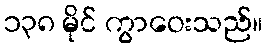
၁၃၈ မိုင် ကွာဝေးသည်။